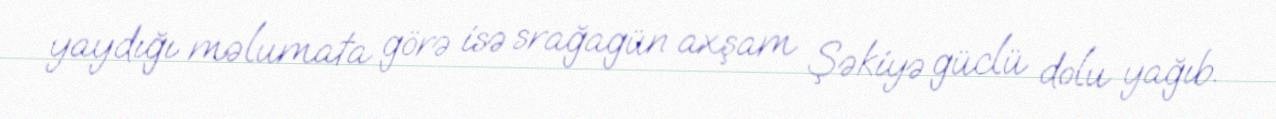
yaydığı məlumata görə isə srağagün axşam Şəkiyə güclü dolu yağıb.